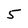
Character: 5